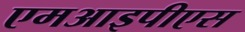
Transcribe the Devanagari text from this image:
एमआइपीएस